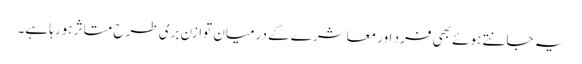
یہ جانتے ہوئے بھی فرد اور معاشرے کے درمیان توازن بری طرح متاثر ہورہا ہے۔